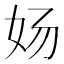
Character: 𰋸